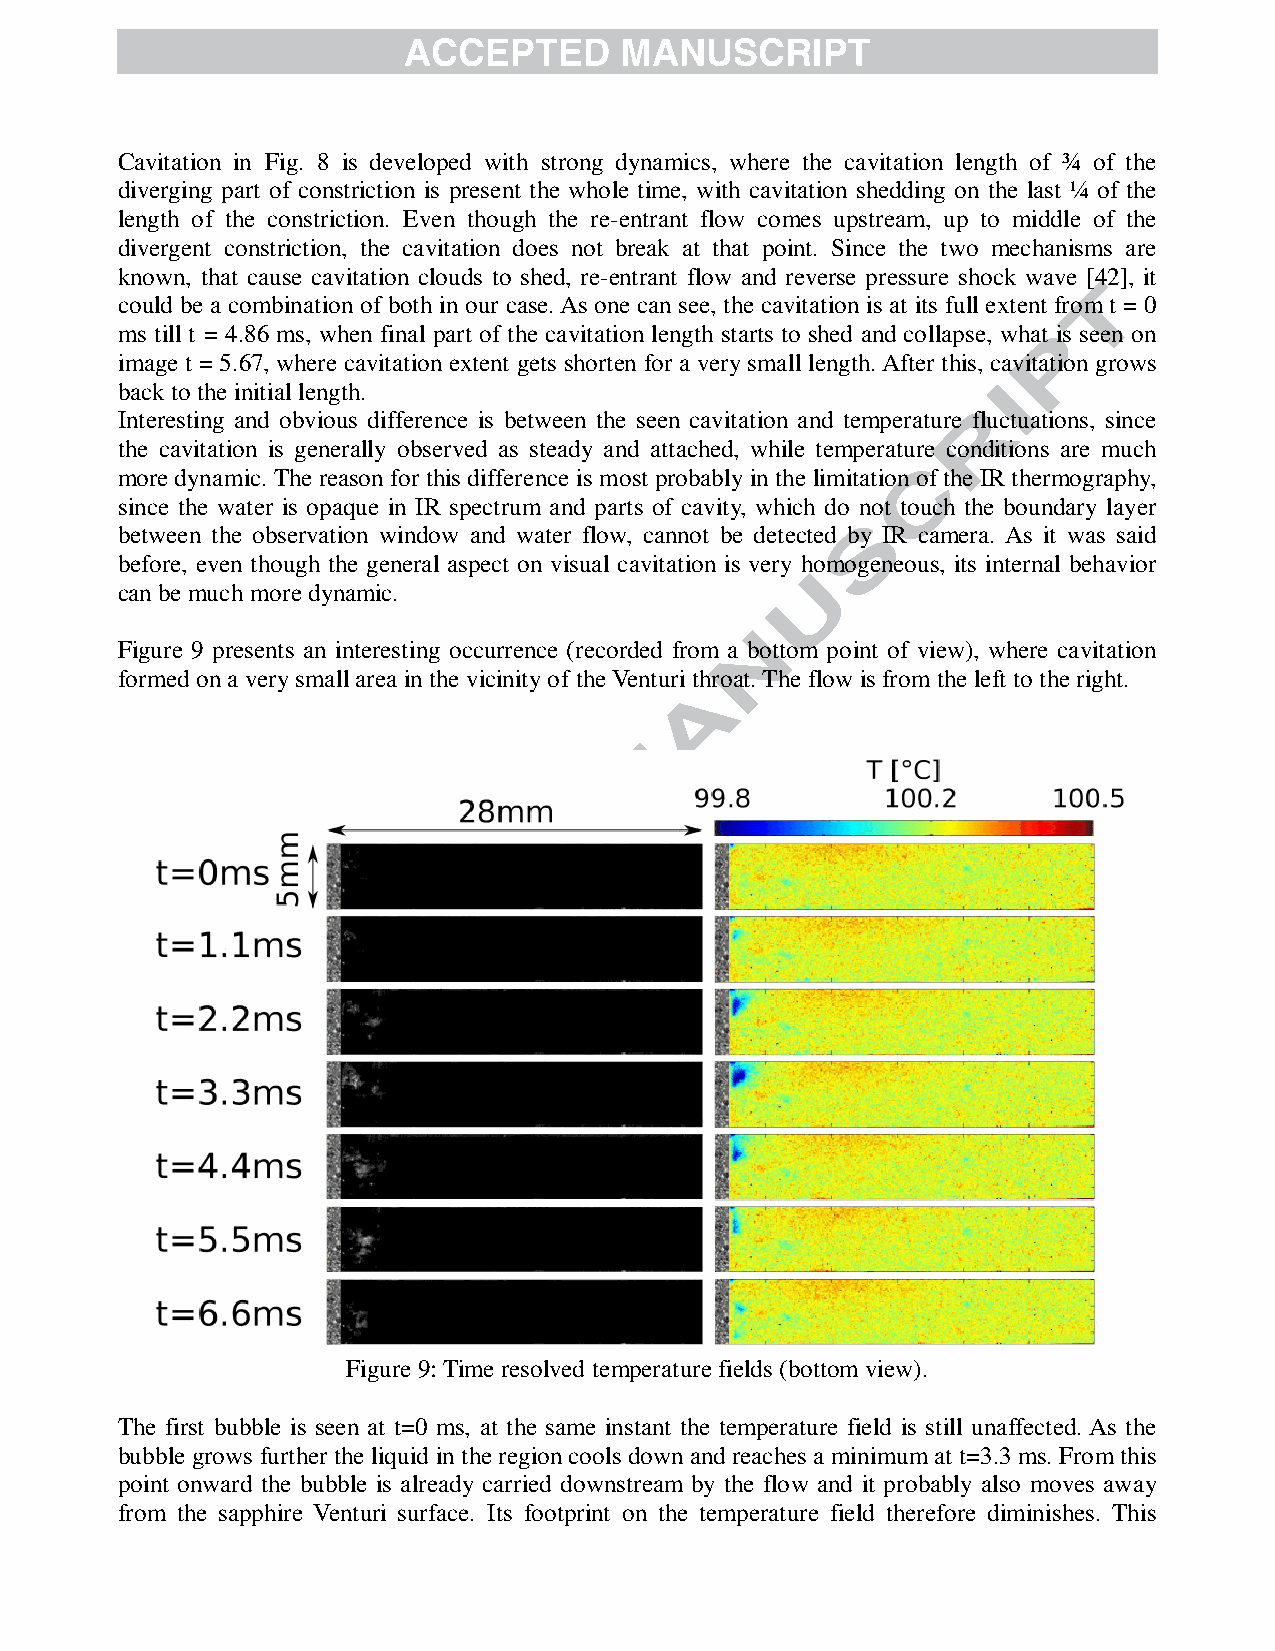
Cavitation in Fig. 8 is developed with strong dynamics, where the cavitation length of ¾ of the
 diverging part of constriction is present the whole time, with cavitation shedding on the last ¼ of the
 length of the constriction. Even though the re-entrant flow comes upstream, up to middle of the
 divergent constriction, the cavitation does not break at that point. Since the two mechanisms are
 known, that cause cavitation clouds to shed, re-entrant flow and reverse pressure shock wave [42], it
 could be a combination of both in our case. As one can see, the cavitation is at its full extent from t = 0
 ms till t = 4.86 ms, when final part of the cavitation length starts to shed and collapse, what is seen on
 image t = 5.67, where cavitation extent gets shorten for a very small length. After this, cavitation grows
 back to the initial length.
 Interesting and obvious difference is between the seen cavitation and temperature fluctuations, since
 the cavitation is generally observed as steady and attached, while temperature conditions are much
 more dynamic. The reason for this difference is most probably in the limitation of the I R thermography,
 since the water is opaque in IR spectrum and parts of cavity, which do not touch the boundary layer
 between the observation window and water flow, cannot be detected by IR camera. As it was said
 before, even though the general aspect on visual cavitation is very homogeneous, its internal behavior
 can be much more dynamic.
 Figure 9 presents an interesting occurrence (recorded from a bottom point of view), where cavitation
 formed on a very small area in the vicinity of the Venturi throat. The flow is from the left to the right.
 Figure 9: Time resolved temperature fields (bottom view).
 The first bubble is seen at t=0 ms, at the same instant the temperature field is still unaffected. As the
 bubble grows further the liquid in the region cools down and reaches a minimum at t=3.3 ms. From this
 point onward the bubble is already carried downstream by the flow and it probably also moves away
 from the sapphire Venturi surface. Its footprint on the temperature field therefore diminishes. This